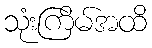
သုံးကြိမ်အထိ